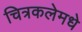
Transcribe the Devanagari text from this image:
चित्रकलेमधे